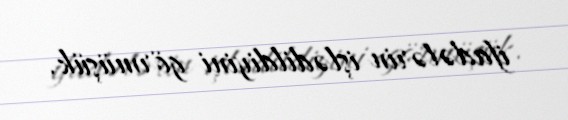
ifadələrin işlədildiyini görmüşük.